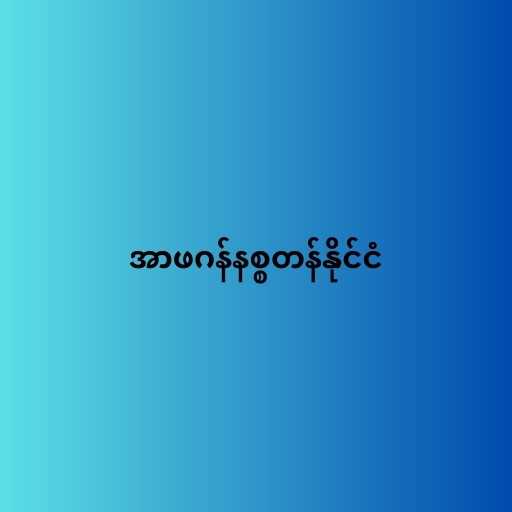
အာဖဂန်နစ္စတန်နိုင်ငံ